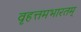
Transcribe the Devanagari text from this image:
वृहत्तमभारतम्